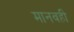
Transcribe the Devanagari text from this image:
मानवही